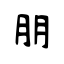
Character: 朋